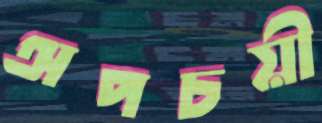
অপচয়ী